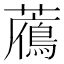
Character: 𧂶